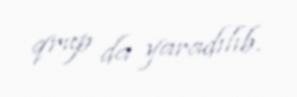
qrup da yaradılıb.